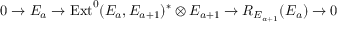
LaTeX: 0 \rightarrow E _ { a } \rightarrow \mathrm { E x t } ^ { 0 } ( E _ { a } , E _ { a + 1 } ) ^ { * } \otimes E _ { a + 1 } \rightarrow R _ { E _ { a + 1 } } ( E _ { a } ) \rightarrow 0